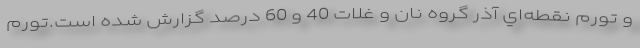
و تورم نقطه‌اي آذر گروه نان و غلات 40 و 60 درصد گزارش شده است.تورم